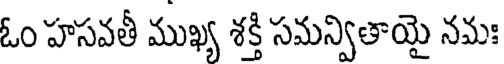
ఓం హసవతీ ముఖ్య శక్తి సమన్వితాయై నమః